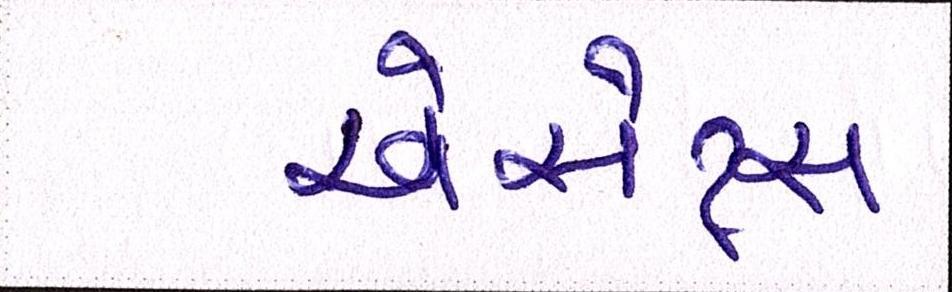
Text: એસેટ્સ